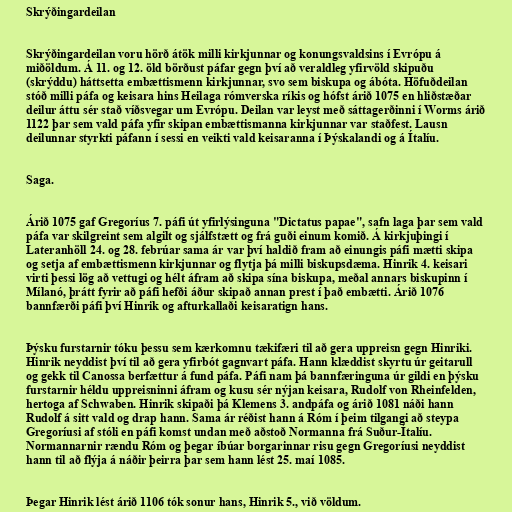
Skrýðingardeilan

Skrýðingardeilan voru hörð átök milli kirkjunnar og konungsvaldsins í Evrópu á
miðöldum. Á 11. og 12. öld börðust páfar gegn því að veraldleg yfirvöld skipuðu
(skrýddu) háttsetta embættismenn kirkjunnar, svo sem biskupa og ábóta. Höfuðdeilan
stóð milli páfa og keisara hins Heilaga rómverska ríkis og hófst árið 1075 en hliðstæðar
deilur áttu sér stað víðsvegar um Evrópu. Deilan var leyst með sáttagerðinni í Worms árið
1122 þar sem vald páfa yfir skipan embættismanna kirkjunnar var staðfest. Lausn
deilunnar styrkti páfann í sessi en veikti vald keisaranna í Þýskalandi og á Ítalíu.

Saga.

Árið 1075 gaf Gregoríus 7. páfi út yfirlýsinguna "Dictatus papae", safn laga þar sem vald
páfa var skilgreint sem algilt og sjálfstætt og frá guði einum komið. Á kirkjuþingi í
Lateranhöll 24. og 28. febrúar sama ár var því haldið fram að einungis páfi mætti skipa
og setja af embættismenn kirkjunnar og flytja þá milli biskupsdæma. Hinrik 4. keisari
virti þessi lög að vettugi og hélt áfram að skipa sína biskupa, meðal annars biskupinn í
Mílanó, þrátt fyrir að páfi hefði áður skipað annan prest í það embætti. Árið 1076
bannfærði páfi því Hinrik og afturkallaði keisaratign hans.

Þýsku furstarnir tóku þessu sem kærkomnu tækifæri til að gera uppreisn gegn Hinriki.
Hinrik neyddist því til að gera yfirbót gagnvart páfa. Hann klæddist skyrtu úr geitarull
og gekk til Canossa berfættur á fund páfa. Páfi nam þá bannfæringuna úr gildi en þýsku
furstarnir héldu uppreisninni áfram og kusu sér nýjan keisara, Rudolf von Rheinfelden,
hertoga af Schwaben. Hinrik skipaði þá Klemens 3. andpáfa og árið 1081 náði hann
Rudolf á sitt vald og drap hann. Sama ár réðist hann á Róm í þeim tilgangi að steypa
Gregoríusi af stóli en páfi komst undan með aðstoð Normanna frá Suður-Ítalíu.
Normannarnir rændu Róm og þegar íbúar borgarinnar risu gegn Gregoríusi neyddist
hann til að flýja á náðir þeirra þar sem hann lést 25. maí 1085.

Þegar Hinrik lést árið 1106 tók sonur hans, Hinrik 5., við völdum.